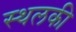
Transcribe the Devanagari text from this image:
स्‍थलकी